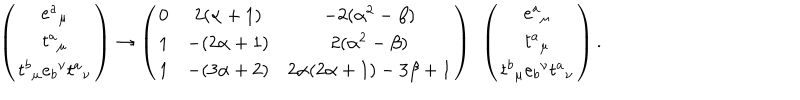
\left( \begin{matrix} { { e { ^ a } _ { \mu } } } \\ { { t { ^ a } _ { \mu } } } \\ { { t { ^ b } _ { \mu } e { _ b } ^ { \nu } t { ^ a } _ { \nu } } } \\ \end{matrix} \right) \rightarrow \left( \begin{matrix} { { 0 } } & { { 2 ( \alpha + 1 ) } } & { { - 2 ( \alpha ^ { 2 } - \beta ) } } \\ { { 1 } } & { { - ( 2 \alpha + 1 ) } } & { { 2 ( \alpha ^ { 2 } - \beta ) } } \\ { { 1 } } & { { - ( 3 \alpha + 2 ) } } & { { 2 \alpha ( 2 \alpha + 1 ) - 3 \beta + 1 } } \\ \end{matrix} \right) \ \left( \begin{matrix} { { e { ^ a } _ { \mu } } } \\ { { t { ^ a } _ { \mu } } } \\ { { t { ^ b } _ { \mu } e { _ b } ^ { \nu } t { ^ a } _ { \nu } } } \\ \end{matrix} \right) .